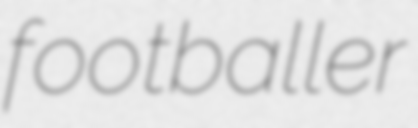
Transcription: footballer